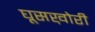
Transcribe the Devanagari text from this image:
घूसख़ोरी